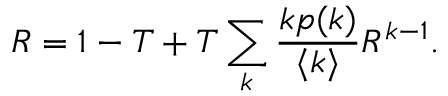
R = 1 - T + T \sum _ { k } \frac { k p ( k ) } { \langle k \rangle } R ^ { k - 1 } .